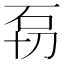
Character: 𱳫